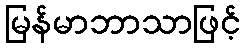
မြန်မာဘာသာဖြင့်